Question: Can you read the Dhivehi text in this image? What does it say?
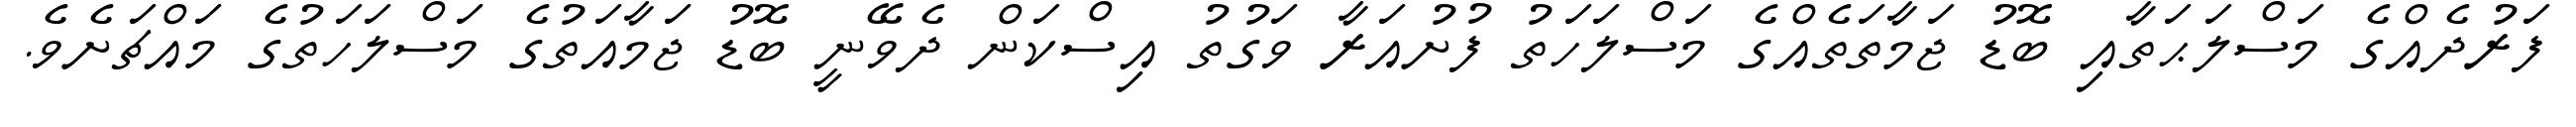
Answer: ފަރުދެއްގެ މަސްލަޙަތާއި ބޮޑު ޖަމާތަތެއްގެ މަސްލަހަތު ފުށުއަރާ ވަގުތު އިސްކަން ދެވޭނީ ބޮޑު ޖަމާއަތުގެ މަސްލަހަތުގެ މައްޗަށެވެ.